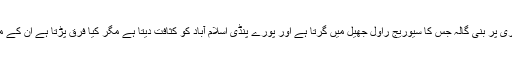
اس سے پندرہ منٹ کی دوری پر بنی گالہ جس کا سیوریج راول جھیل میں گرتا ہے اور پورے پنڈی اسلام آباد کو کثافت دیتا ہے مگر کیا فرق پڑتا ہے ان کے محلات آج بھی کھڑے ہیں ۔